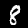
Label: 8